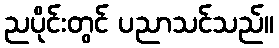
ညပိုင်းတွင် ပညာသင်သည်။